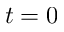
t = 0